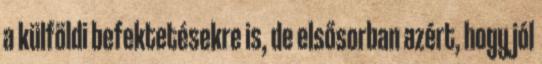
a külföldi befektetésekre is, de elsősorban azért, hogy jól